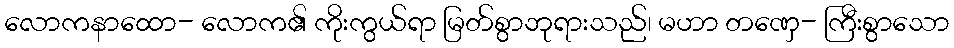
လောကနာထော- လောက၏ ကိုးကွယ်ရာ မြတ်စွာဘုရားသည်၊ မဟာ တဏှေ- ကြီးစွာသော